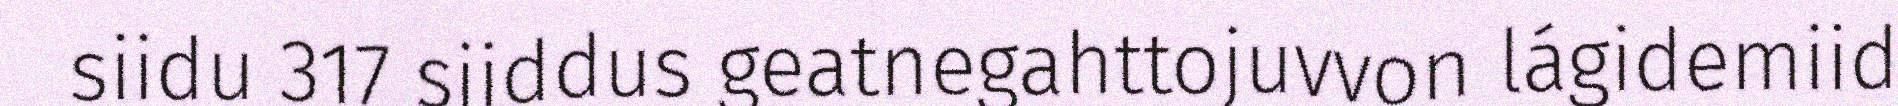
siidu 317 siiddus geatnegahttojuvvon lágidemiid